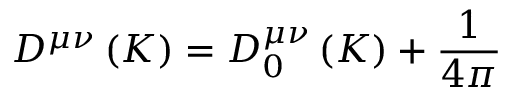
D ^ { \mu \nu } \left( K \right) = D _ { 0 } ^ { \mu \nu } \left( K \right) + \frac { 1 } { 4 \pi }